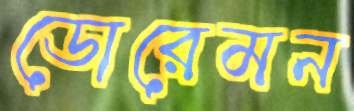
ডোরেমন